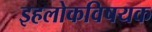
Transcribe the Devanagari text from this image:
इहलोकविषयक